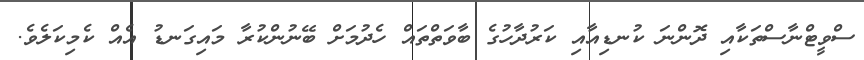
ސްވީޓްނާސްތަކާއި ދޮންނަ ކުނޑިއާއި ކަރުދާހުގެ ބާވަތްތައް ހެދުމަށް ބޭނުންކުރާ މައިގަނޑު އެއް ކެމިކަލެވެ.